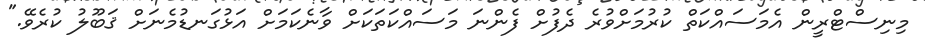
މިނިސްޓްރީން އެމަސައްކަތް ކުރުމަށްވުރެ ދެފުށް ފެންނަ މަސައްކަތަކަށް ވާނެކަމަށް އަޅުގަނޑުމެނަށް ޤަބޫލު ކުރެވޭ."